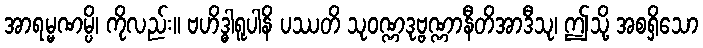
အာရမ္မဏမ္ပိ၊ ကိုလည်း။ ဗဟိဒ္ဓါရူပါနိ ပဿတိ သုဝဏ္ဏဒုဗ္ဗဏ္ဏာနီတိအာဒီသု၊ ဤသို့ အစရှိသော